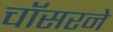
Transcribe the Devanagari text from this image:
चॉसरने